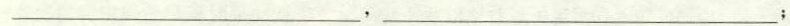
____，_____ ；